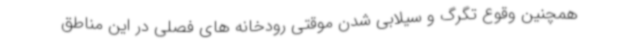
همچنین وقوع تگرگ و سیلابی شدن موقتی رودخانه های فصلی در این مناطق